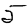
Digit: 5